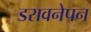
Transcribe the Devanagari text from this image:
डरावनेपन